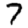
Digit: 7